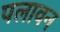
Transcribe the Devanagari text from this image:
पलावन